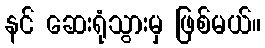
နင် ဆေးရုံသွားမှ ဖြစ်မယ်။